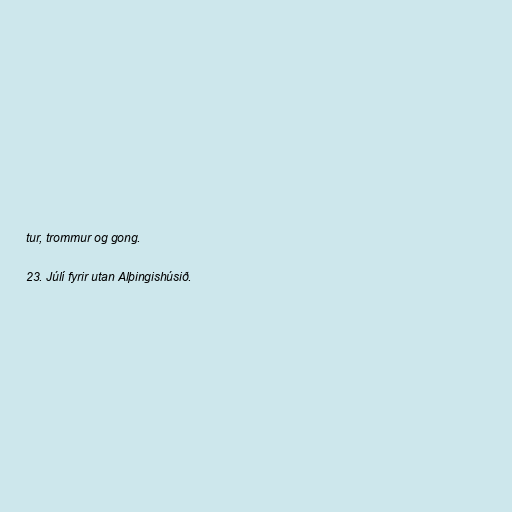
tur, trommur og gong.

23. Júlí fyrir utan Alþingishúsið.